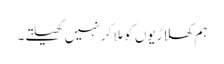
ہم کھلاڑیوں کو مِلا کر نہیں کھیلتے۔